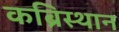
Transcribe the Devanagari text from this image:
कब्रिस्थान